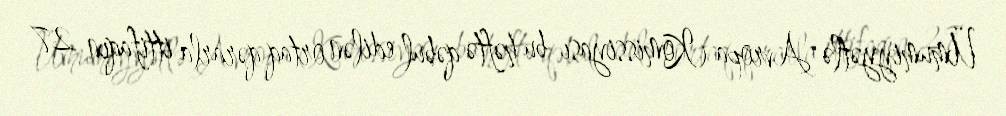
Ümumiyyətlə Avropa Komissiyası bu həftə qəbul edilən ortaq qərarla ittifaqın 27